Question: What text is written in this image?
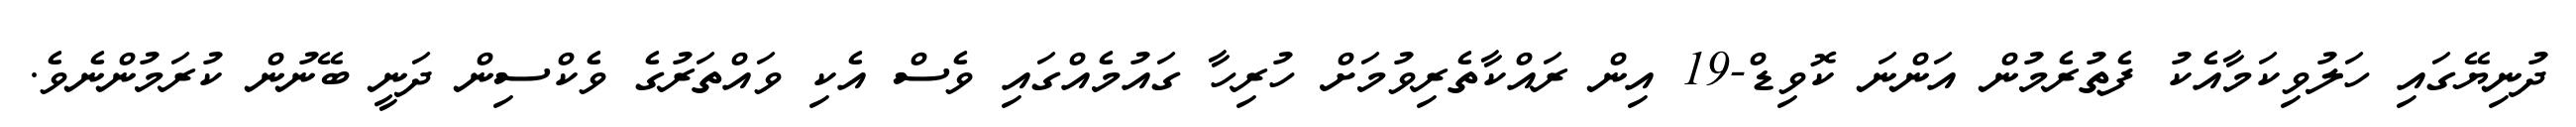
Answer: ދުނިޔޭގައި ހަލުވިކަމާއެކު ފެތުރެމުން އަންނަ ކޮވިޑް-19 އިން ރައްކާތެރިވުމަށް ހުރިހާ ގައުމެއްގައި ވެސް އެކި ވައްތަރުގެ ވެކްސިން ދަނީ ބޭނުން ކުރަމުންނެވެ.